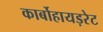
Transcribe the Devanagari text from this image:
कार्बोहायड़रेट